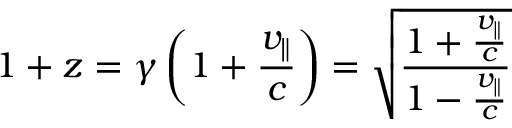
1 + z = \gamma \left( 1 + { \frac { v _ { \parallel } } { c } } \right) = { \sqrt { \frac { 1 + { \frac { v _ { \parallel } } { c } } } { 1 - { \frac { v _ { \parallel } } { c } } } } }